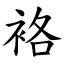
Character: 袼